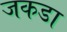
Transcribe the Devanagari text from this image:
जकडा